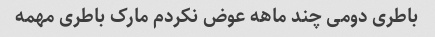
باطری دومی چند ماهه عوض نکردم مارک باطری مهمه